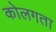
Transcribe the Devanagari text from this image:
कोलगता